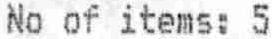
NO OF ITEMS: 5